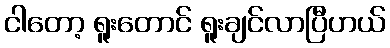
ငါတော့ ရူးတောင် ရူးချင်လာပြီဟယ်